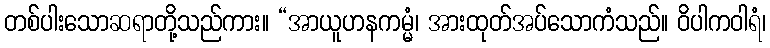
တစ်ပါးသောဆရာတို့သည်ကား။ “အာယူဟနကမ္မံ၊ အားထုတ်အပ်သောကံသည်။ ဝိပါကဝါရံ၊